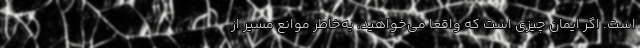
است. اگر ایمان چیزی است که واقعاً می‌خواهید، به‌خاطر موانع مسیر از